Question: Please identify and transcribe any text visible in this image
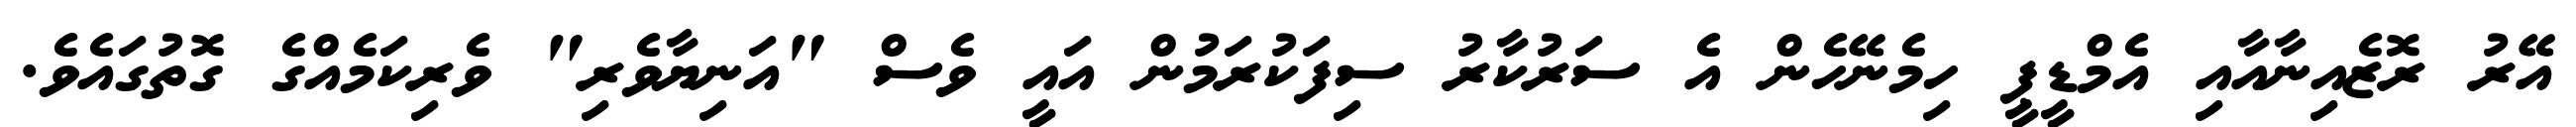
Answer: އޭރު ރޮޒެއިނާއާއި އެމްޑީޕީ ހިމެނޭހެން އެ ސަރުކާރު ސިފަކުރަމުން އައީ ވެސް "އަނިޔާވެރި" ވެރިކަމެއްގެ ގޮތުގައެވެ.